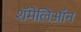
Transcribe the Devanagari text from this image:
शॅमेलिऑन